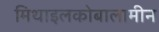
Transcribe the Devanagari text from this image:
मिथाइलकोबालामीन